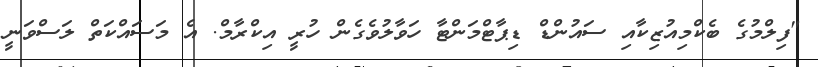
"ފިލްމުގެ ބެކްމިއުޒިކާއި ސައުންޑް ޑިޕާޓްމަންޓާ ހަވާލުވެގެން ހުރީ އިކްރާމް. އެ މަސައްކަތް ލަސްވަނީ